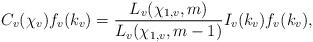
\begin{align*}C_v(\chi_v)f_v(k_v)=\frac{L_v(\chi_{1,v},m)}{L_v(\chi_{1,v},m-1)}I_v(k_v)f_v(k_v),\end{align*}